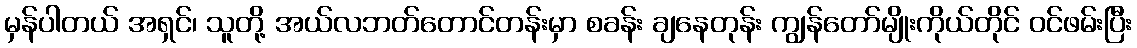
မှန်ပါတယ် အရှင်၊ သူတို့ အယ်လဘတ်တောင်တန်းမှာ စခန်း ချနေတုန်း ကျွန်တော်မျိုးကိုယ်တိုင် ဝင်ဖမ်းပြီး